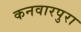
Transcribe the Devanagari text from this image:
कनवारपुरा